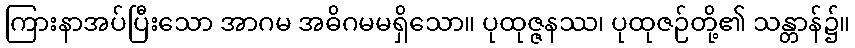
ကြားနာအပ်ပြီးသော အာဂမ အဓိဂမမရှိသော။ ပုထုဇ္ဇနဿ၊ ပုထုဇဉ်တို့၏ သန္တာန်၌။